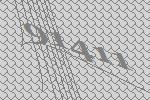
91411